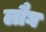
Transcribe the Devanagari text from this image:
लौघ